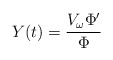
\begin{align*}Y(t) = \frac{V_\omega \Phi'}{\Phi}\end{align*}